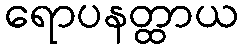
ရောပနတ္ထာယ